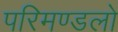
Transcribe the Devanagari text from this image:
परिमण्डलो